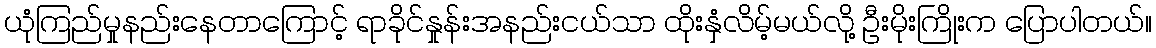
ယုံကြည်မှုနည်းနေတာကြောင့် ရာခိုင်နှုန်းအနည်းငယ်သာ ထိုးနှံလိမ့်မယ်လို့ ဦးမိုးကြိုးက ပြောပါတယ်။